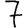
Digit: 7